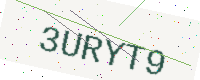
Text: 3URYT9